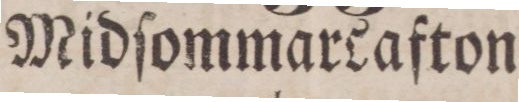
Midſommarcafton